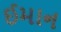
ઈમાન